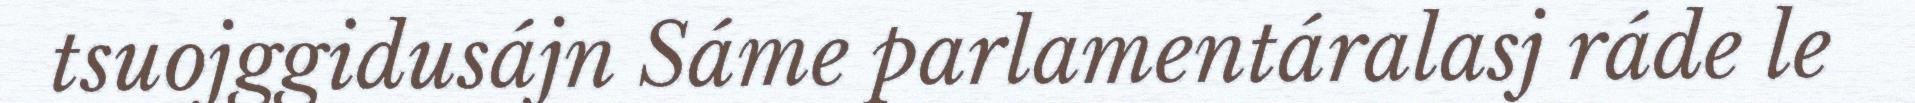
tsuojggidusájn Sáme parlamentáralasj ráde le